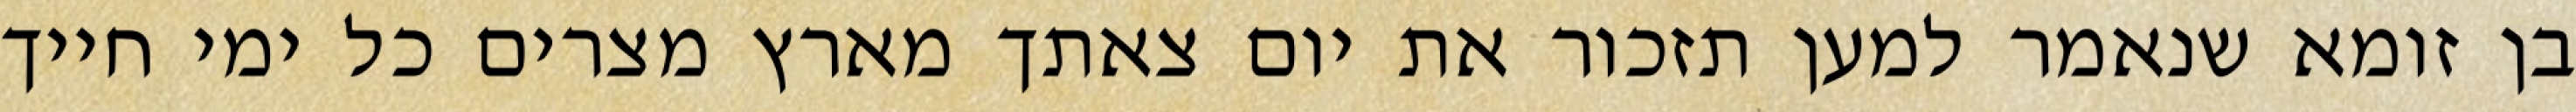
בן זומא שנאמר למען תזכור את יום צאתך מארץ מצרים כל ימי חייך